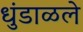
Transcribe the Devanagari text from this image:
धुंडाळले